Indian journal of veterinary science and animal husbandry - Volumes 22-23, 1952-1953
Year: 1952
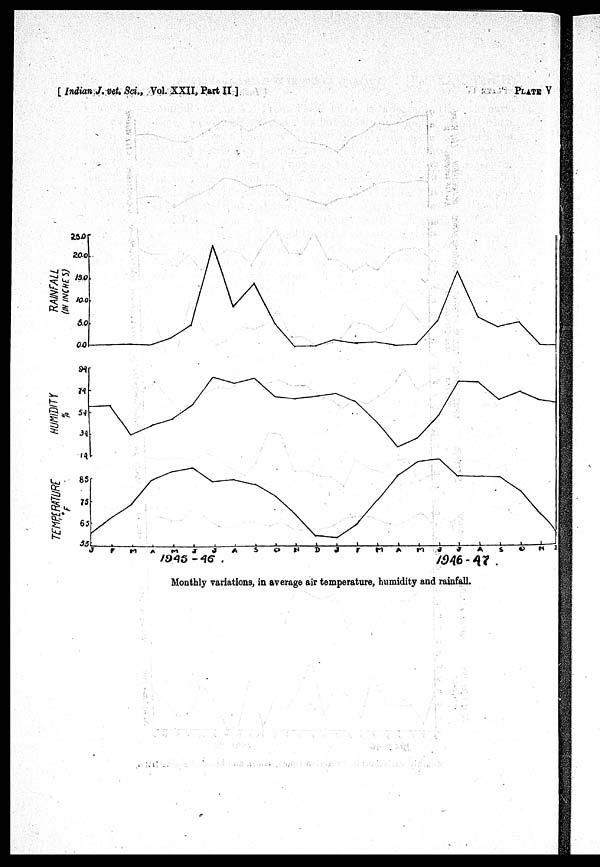
[Indian J. vet. Sci., Vol. XXII, Part II]
PLATE V
Monthly variations, in average air temperature, humidity and rainfall.